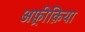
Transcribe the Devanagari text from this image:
अफ़्रीक़िया